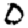
Digit: 0